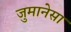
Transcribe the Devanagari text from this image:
जुमानेसा